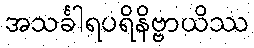
အသင်္ခါရပရိနိဗ္ဗာယိဿ